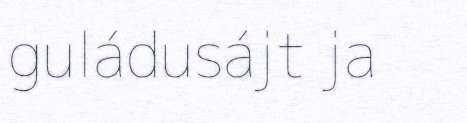
guládusájt ja